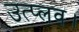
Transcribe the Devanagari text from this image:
उत्प्लव।